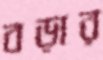
বড়ার